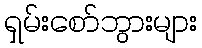
ရှမ်းစော်ဘွားများ